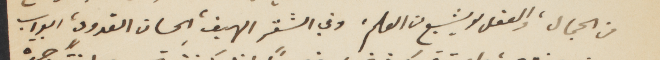
من الجمال، والعقل لا يشبع من العلم، وفي الشقر الهيف الحسان القدون ابوآب